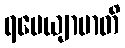
ရမေယျာမာတိ